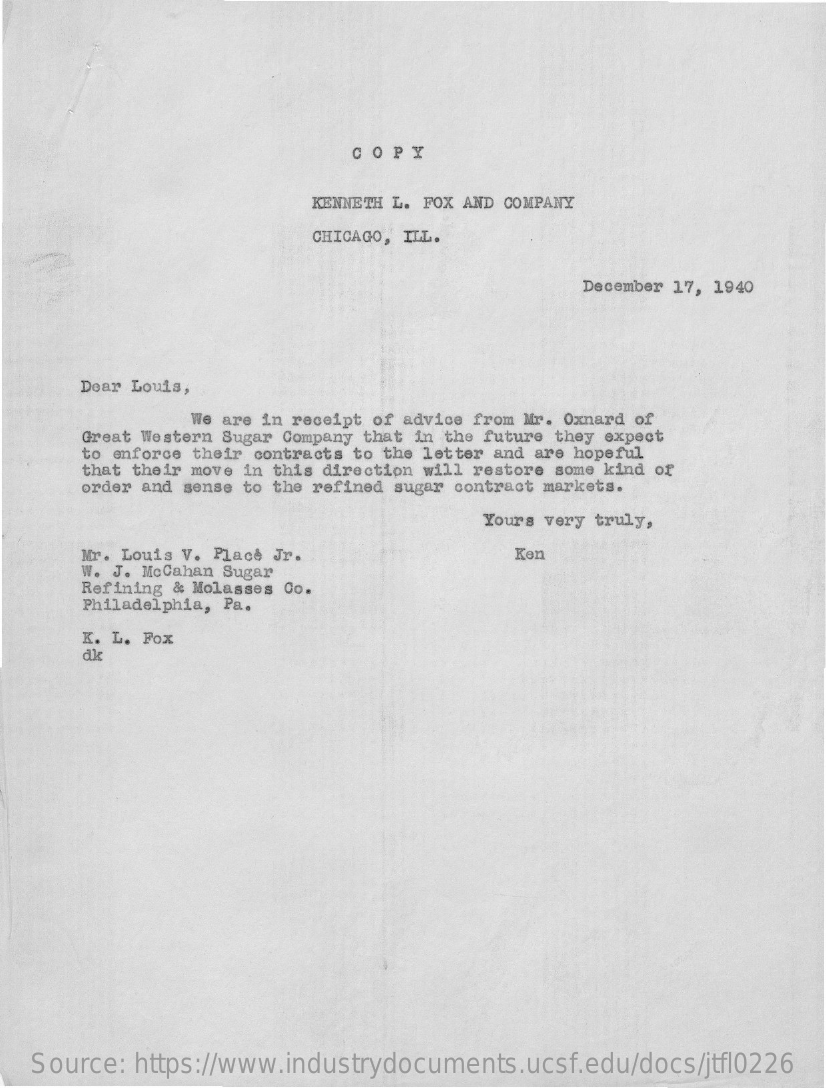
COPY
     KENNETH L. FOX AND COMPANY
     CHICAGO, ILL.
     December 17, 1940
     Dear Louis,
     We are in receipt of advice from Mr. Oxnard of
     Great Western Sugar Company that in the future they expect
     to enforce their contracts to the letter and are hopeful
     that their move in this direction will restore some kind of
     order and sense to the refined sugar contract markets.
     Yours very truly,
     Mr. Louis V. Place Jr.
     W. J. McCahan Sugar
     Ken
     Refining & Molasses Co.
     Philadelphia, Pa.
     K. L. Fox
     dk
   Source: https://www.industrydocuments.ucsf.edu/docs/jtfl0226